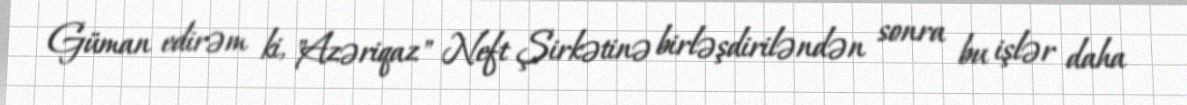
Güman edirəm ki, "Azəriqaz" Neft Şirkətinə birləşdiriləndən sonra bu işlər daha